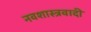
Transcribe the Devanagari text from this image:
नवशास्त्रवादी